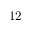
1 2